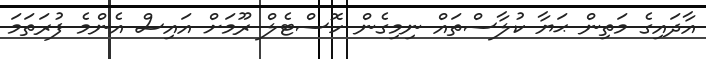
އާދައިގެ މަތިން ޙަޔާ ކުލާސްތައް ނިމިގެން ހޮސްޓެލް ރޫމަށް އައިސް އެންމެ ފުރަތަމަ